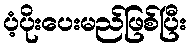
ပံ့ပိုးပေးမည်ဖြစ်ပြီး